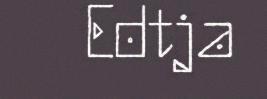
Edtja